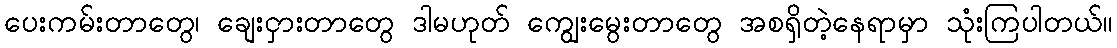
ပေးကမ်းတာတွေ၊ ချေးငှားတာတွေ ဒါမဟုတ် ကျွေးမွေးတာတွေ အစရှိတဲ့နေရာမှာ သုံးကြပါတယ်။